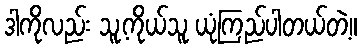
ဒါကိုလည်း သူ့ကိုယ်သူ ယုံကြည်ပါတယ်တဲ့။